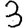
Digit: 3